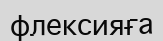
флексияға